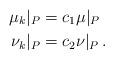
LaTeX: \begin{align*}\mu_k|_P & = c_1 \mu|_P \\\nu_k|_P & = c_2 \nu|_P\,.\end{align*}